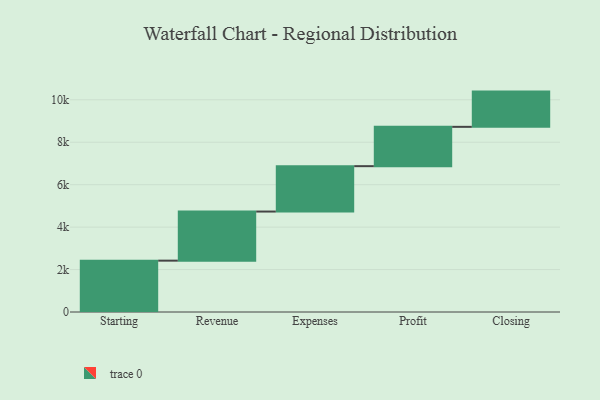
{"axis": {"x": "Step", "y": "Value"}, "legend": [""], "data": [{"x": "Starting", "y": 2420.0, "type": ""}, {"x": "Revenue", "y": 2314.0, "type": ""}, {"x": "Expenses", "y": 2139.0, "type": ""}, {"x": "Profit", "y": 1853.0, "type": ""}, {"x": "Closing", "y": 1661.0, "type": ""}]}